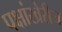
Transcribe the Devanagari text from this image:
पक्षांखेरीज